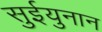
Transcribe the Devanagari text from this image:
सुईयुनान